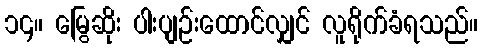
၁၄။ မြွေဆိုး ပါးပျဉ်းထောင်လျှင် လူရိုက်ခံရသည်။